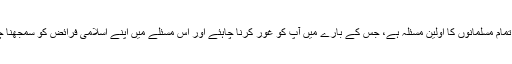
یہ آپ تمام مسلمانوں کا اولین مسئلہ ہے، جس کے بارے میں آپ کو غور کرنا چاہئے اور اس مسئلے میں اپنے اسلامی فرائض کو سمجھنا چاہئے۔